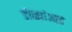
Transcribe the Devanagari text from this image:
डोळ्यांआड